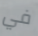
في